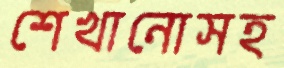
শেখানোসহ